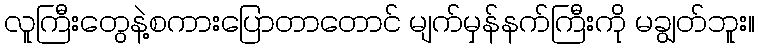
လူကြီးတွေနဲ့စကားပြောတာတောင် မျက်မှန်နက်ကြီးကို မချွတ်ဘူး။